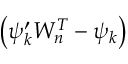
\left( \psi _ { k } ^ { \prime } W _ { n } ^ { T } - \psi _ { k } \right)